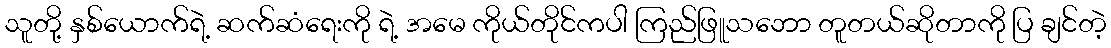
သူတို့ နှစ်ယောက်ရဲ့ ဆက်ဆံရေးကို ရဲ့ အမေ ကိုယ်တိုင်ကပါ ကြည်ဖြူသဘော တူတယ်ဆိုတာကို ပြ ချင်တဲ့